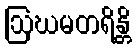
ဩဃမတရိန္တိ